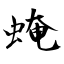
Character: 𧌄